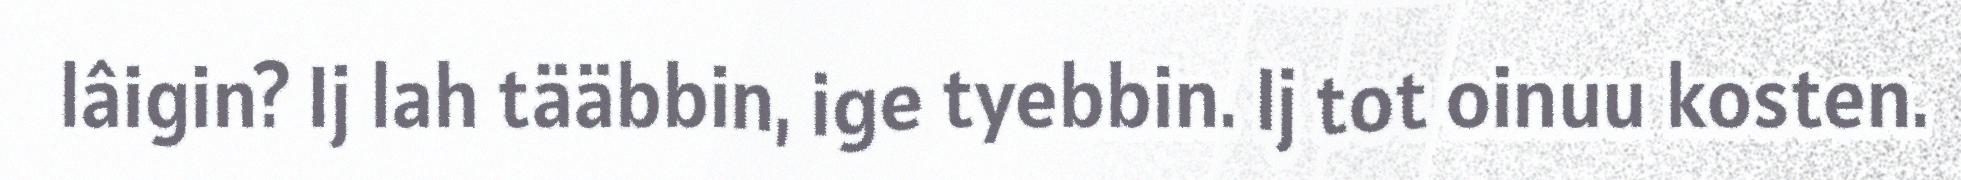
lâigin? Ij lah tääbbin, ige tyebbin. Ij tot oinuu kosten.